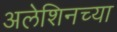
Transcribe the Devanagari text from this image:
अलेशिनच्या